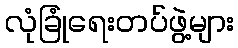
လုံခြုံရေးတပ်ဖွဲ့များ